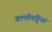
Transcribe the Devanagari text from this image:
वल्लीपट्टिनम